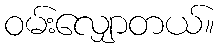
ဝမ်းလျှောတယ်။